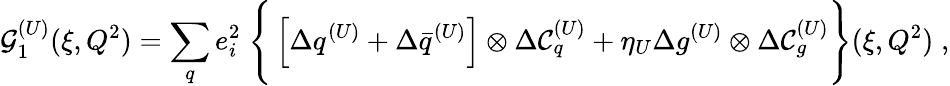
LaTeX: {\cal G}_{1}^{(U)}(\xi,Q^{2})=\sum_{q}e_{i}^{2}\; \Bigg\{ \left[\Delta q^{(U)}+\Delta\bar{q}^{(U)}\right]\otimes\Delta{\cal C}_{q}^{(U)}+\eta_{U}\Delta g^{(U)}\otimes\Delta{\cal C}_{g}^{(U)}\Bigg\} (\xi,Q^{2})\; ,